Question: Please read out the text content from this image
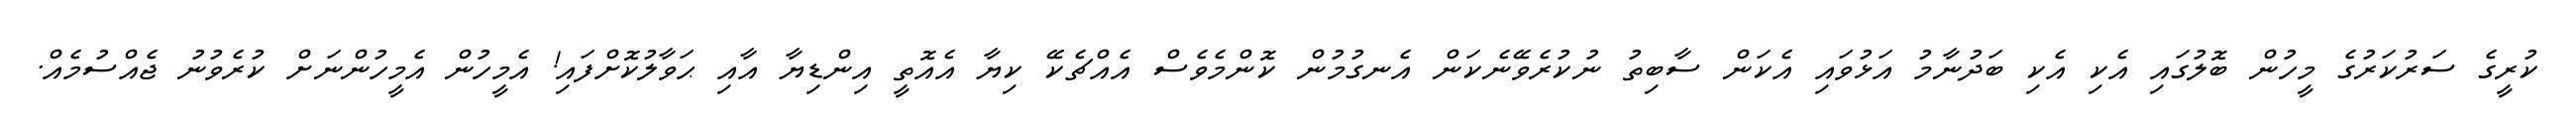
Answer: ކުރީގެ ސަރުކަރުގެ މީހުން ބޮލުގައި އެކި އެކި ބަދުނާމު އަޅުވައި އެކަން ސާބިތު ނުކުރެވޭނެކަން އެނގުމުން ކޮންމެވެސް އެއްޗެކޭ ކިޔާ އެއޮތީ އިންޑިޔާ އާއި ޙަވާލުކޮށްފައި! އެމީހުން އެމީހުންނަށް ކުރެވުނު ޖެއްސުމެއް.